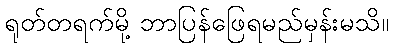
ရုတ်တရက်မို့ ဘာပြန်ဖြေရမည်မှန်းမသိ။